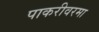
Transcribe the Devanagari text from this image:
पाकरीवरमा